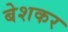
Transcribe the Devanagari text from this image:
बेशकर